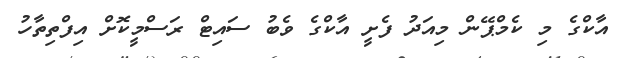
އާކްގެ މި ކެމްޕޭން މިއަދު ފެށީ އާކްގެ ވެބު ސައިޓް ރަސްމީކޮށް އިފްތިތާހު